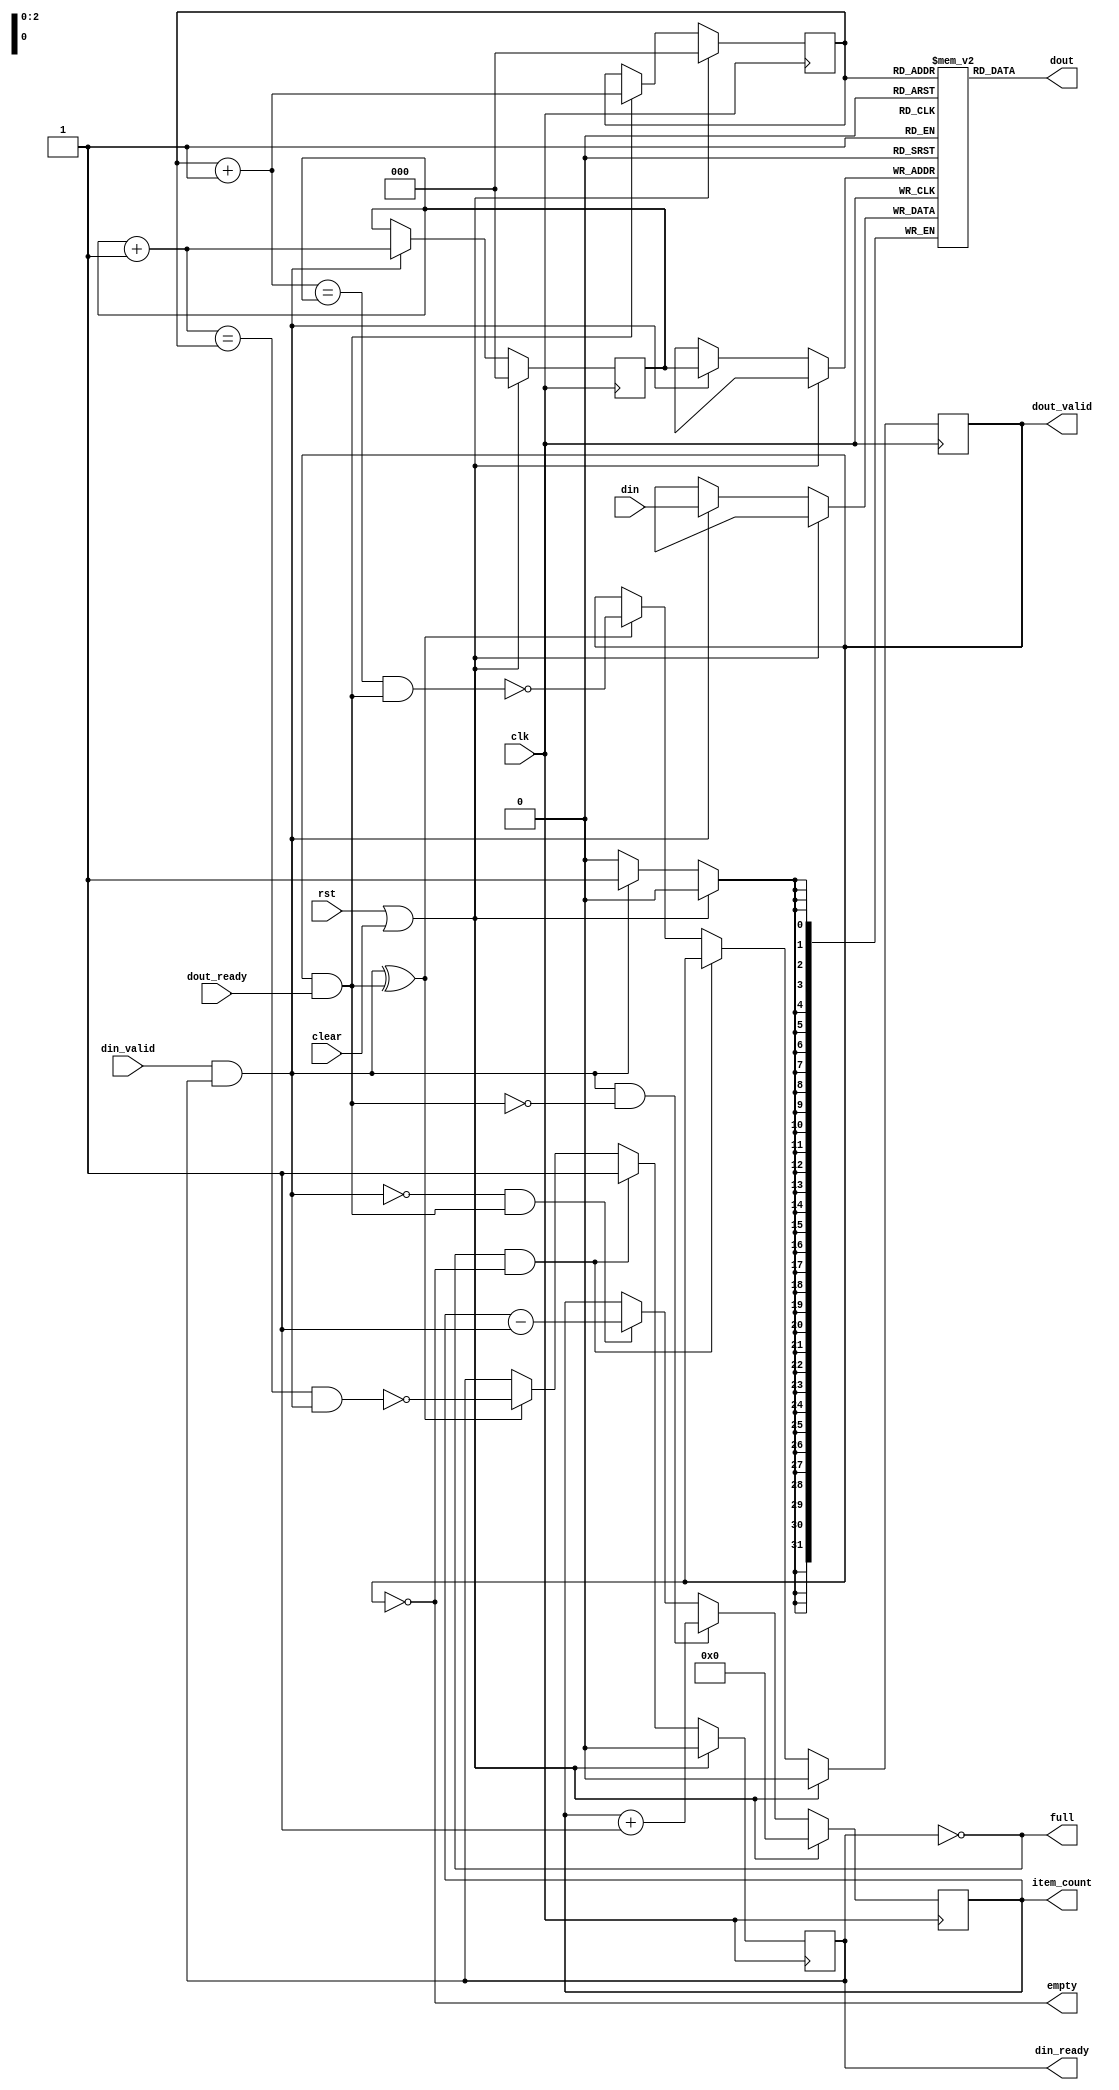
/*

Copyright (c) 2019-2023 Moein Khazraee

Permission is hereby granted, free of charge, to any person obtaining a copy
of this software and associated documentation files (the "Software"), to deal
in the Software without restriction, including without limitation the rights
to use, copy, modify, merge, publish, distribute, sublicense, and/or sell
copies of the Software, and to permit persons to whom the Software is
furnished to do so, subject to the following conditions:

The above copyright notice and this permission notice shall be included in
all copies or substantial portions of the Software.

THE SOFTWARE IS PROVIDED "AS IS", WITHOUT WARRANTY OF ANY KIND, EXPRESS OR
IMPLIED, INCLUDING BUT NOT LIMITED TO THE WARRANTIES OF MERCHANTABILITY
FITNESS FOR A PARTICULAR PURPOSE AND NONINFRINGEMENT. IN NO EVENT SHALL THE
AUTHORS OR COPYRIGHT HOLDERS BE LIABLE FOR ANY CLAIM, DAMAGES OR OTHER
LIABILITY, WHETHER IN AN ACTION OF CONTRACT, TORT OR OTHERWISE, ARISING FROM,
OUT OF OR IN CONNECTION WITH THE SOFTWARE OR THE USE OR OTHER DEALINGS IN
THE SOFTWARE.

*/

// Language: Verilog 2001

`resetall
`timescale 1ns / 1ps
`default_nettype none

module basic_fifo # (
  parameter DEPTH      = 5,
  parameter DATA_WIDTH = 32,
  parameter INIT_ZERO  = 0,
  parameter ADDR_WIDTH = $clog2(DEPTH)
)(
  input  wire                  clk,
  input  wire                  rst,
  input  wire                  clear,

  input  wire                  din_valid,
  input  wire [DATA_WIDTH-1:0] din,
  output wire                  din_ready,

  output wire                  dout_valid,
  output wire [DATA_WIDTH-1:0] dout,
  input  wire                  dout_ready,

  output wire [ADDR_WIDTH:0]   item_count,
  output wire                  full,
  output wire                  empty
);

reg [DATA_WIDTH-1:0] mem [0:(2**ADDR_WIDTH)-1];
reg [ADDR_WIDTH-1:0] rptr, wptr;
reg [ADDR_WIDTH:0]   item_count_r;

wire enque = din_valid  & din_ready;
wire deque = dout_valid & dout_ready;

always @ (posedge clk)
  if (rst || clear) begin
    wptr <= {ADDR_WIDTH{1'b0}};
    rptr <= {ADDR_WIDTH{1'b0}};
  end else begin
    if (enque) begin
      mem[wptr] <= din;
      wptr      <= wptr + {{(ADDR_WIDTH-1){1'b0}},1'b1};
    end
    if (deque) begin
      rptr      <= rptr + {{(ADDR_WIDTH-1){1'b0}},1'b1};
    end
  end

assign dout = mem[rptr];

// Latching last transaction to know FIFO is full or empty
// Using not version of them to make din_ready and dout_valid registered
reg n_full, n_empty;

always @ (posedge clk)
  if (rst || clear) begin
    // Eventhough din_ready is asserted during rst due to n_full, enque is 0
    n_full  <= 1'b0;
    n_empty <= 1'b0;
  end else if (!n_full && !n_empty) begin // Detecting cycle after rst or clear
    n_full  <= 1'b1;
  end else if (enque ^ deque) begin
    n_full  <= !(((wptr + {{(ADDR_WIDTH-1){1'b0}},1'b1}) == rptr) && enque);
    n_empty <= !(((rptr + {{(ADDR_WIDTH-1){1'b0}},1'b1}) == wptr) && deque);
  end

always @ (posedge clk)
  if (rst || clear)
    item_count_r <= {(ADDR_WIDTH+1){1'b0}};
  else
    if (enque && !deque)
      item_count_r <= item_count_r + {{(ADDR_WIDTH){1'b0}},1'b1};
    else if (!enque && deque)
      item_count_r <= item_count_r - {{(ADDR_WIDTH){1'b0}},1'b1};

assign din_ready  = n_full;
assign dout_valid = n_empty;

// Status outputs, so a not is fine
assign empty = !n_empty;
assign full  = !n_full;

assign item_count = item_count_r;

integer i;
initial begin
  if (INIT_ZERO)
    for (i=0; i<2**ADDR_WIDTH; i=i+1)
      mem[i] <= {DATA_WIDTH{1'b0}};
end

endmodule

`resetall